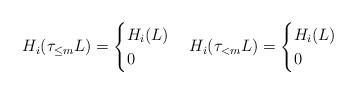
LaTeX: \begin{align*}H_{i}(\tau_{\leq m}L) = \begin{cases}H_i(L) & \\0 & \end{cases}H_{i}(\tau_{< m}L) = \begin{cases}H_i(L) & \\0 & \end{cases}\end{align*}